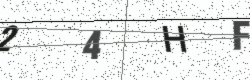
Text: 24HF